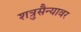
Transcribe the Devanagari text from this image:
शत्रुसैन्यावर